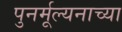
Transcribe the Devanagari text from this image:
पुनर्मूल्यनाच्या